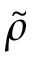
\tilde { \rho }